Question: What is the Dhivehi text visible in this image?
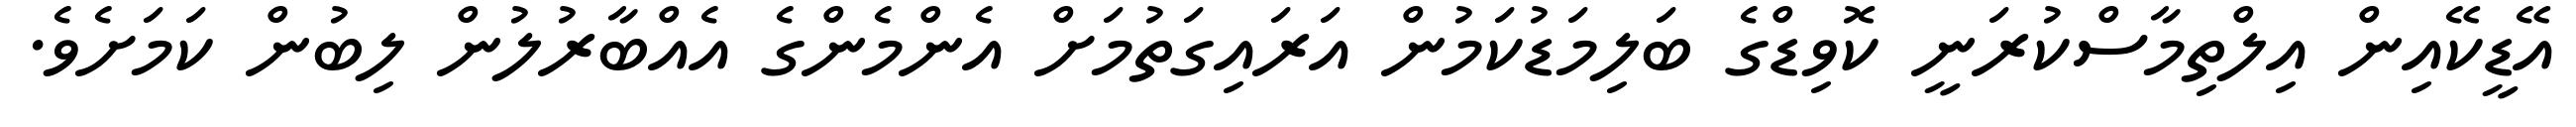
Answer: އޭޑީކޭއިން އިލްތިމާސްކުރަނީ ކޮވިޑްގެ ބަލިމަޑުކަމުން އަރައިގަތުމަށް އެންމެންގެ އެއްބާރުލުން ލިބުން ކަމަށެވެ.